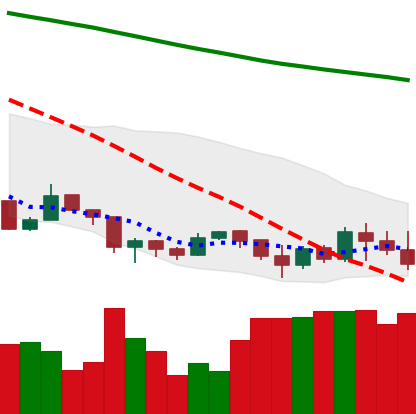
Ticker: XLM-USD
Chart end date: 2019-08-28
Forward return: -4.662%
Label: down_3_5